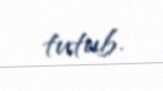
tutub.